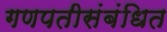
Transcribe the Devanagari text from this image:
गणपतीसंबंधित